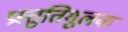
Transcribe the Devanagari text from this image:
प्रस्तुतिमूलक